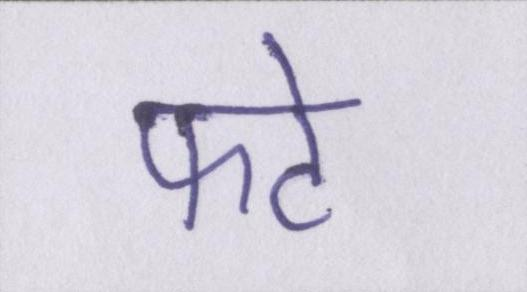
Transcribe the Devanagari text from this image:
फटे